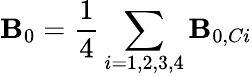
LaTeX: \mathbf{B}_{0}=\frac{1}{4}\sum_{i=1,2,3,4}\mathbf{B}_{0,Ci}